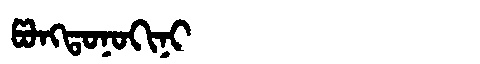
Manchu: ᡦᠣᠩᡨᠣᠨᠣᡴᡳᠨᡳ
Romanization: PONGTONOKINI